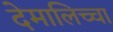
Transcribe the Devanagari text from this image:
देमालिच्चा